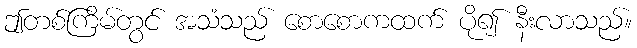
ဤတစ်ကြိမ်တွင် အသံသည် စောစောကထက် ပို၍ နီးလာသည်။